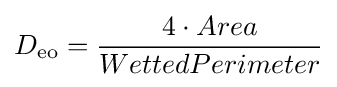
D_{\mathrm {eo} }={\frac {4\cdot Area}{WettedPerimeter}}